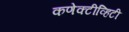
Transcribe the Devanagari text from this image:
कणेक्टीव्हिटी